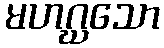
မဟဂ္ဃသော